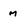
Character: m